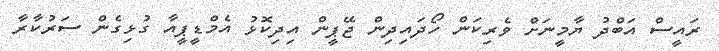
ރައީސް އަބްދު ޔާމީނަށް ވެރިކަން ހޯދައިދިން ޖޭޕީން އިދިކޮޅު އެމްޑީޕީއާ ގުޅިގެން ސަރުކާރާ